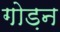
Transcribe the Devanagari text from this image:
गोड़न